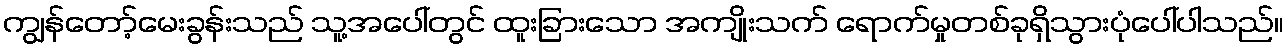
ကျွန်တော့်မေးခွန်းသည် သူ့အပေါ်တွင် ထူးခြားသော အကျိုးသက် ရောက်မှုတစ်ခုရှိသွားပုံပေါ်ပါသည်။